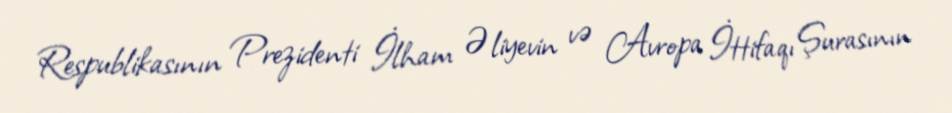
Respublikasının Prezidenti İlham Əliyevin və Avropa İttifaqı Şurasının